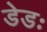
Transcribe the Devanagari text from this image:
डेडः